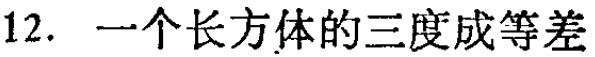
12. 一个长方体的三度成等差